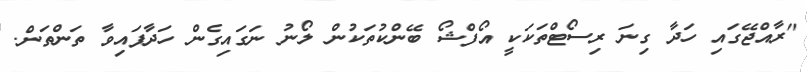
"ރާއްޖޭގައި ހަދާ ގިނަ ރިސޯޓްތަކަކީ އޯފްޝޯ ބޭންކުތަކުން ލޯނު ނަގައިގެން ހަދާފައިވާ ތަންތަން.